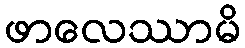
ဖာလေဿာမိ